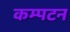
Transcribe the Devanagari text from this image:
कम्पटन